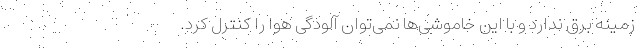
زمینه برق ندارد و با این خاموشی‌ها نمی‌توان آلودگی هوا را کنترل کرد.